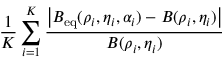
\frac { 1 } { K } \sum _ { i = 1 } ^ { K } \frac { \big | B _ { \mathrm { e q } } ( \rho _ { i } , \eta _ { i } , \alpha _ { i } ) - B ( \rho _ { i } , \eta _ { i } ) \big | } { B ( \rho _ { i } , \eta _ { i } ) }